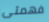
فهمتى